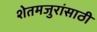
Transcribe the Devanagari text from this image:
शेतमजुरांसाठी